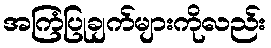
အကြံပြုချက်များကိုလည်း